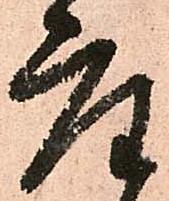
座